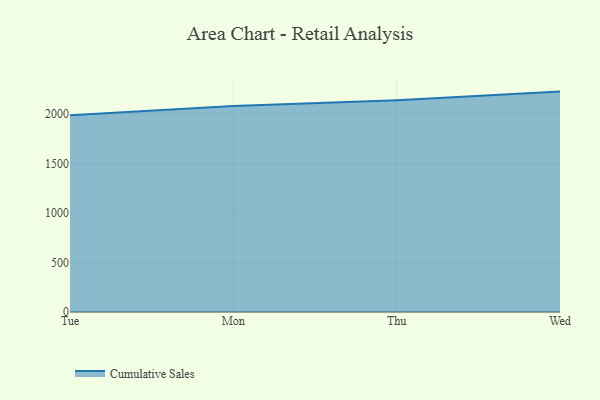
{"axis": {"x": "Day", "y": "Revenue (USD Million)"}, "legend": ["Cumulative Sales"], "data": [{"x": "Tue", "y": 1988.3, "type": "Cumulative Sales"}, {"x": "Mon", "y": 2080.6, "type": "Cumulative Sales"}, {"x": "Thu", "y": 2139.8, "type": "Cumulative Sales"}, {"x": "Wed", "y": 2226.4, "type": "Cumulative Sales"}]}